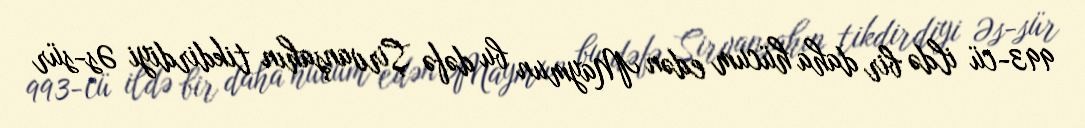
993-cü ildə bir daha hücum edən Maymun bu dəfə Şirvanşahın tikdirdiyi Əs-sür